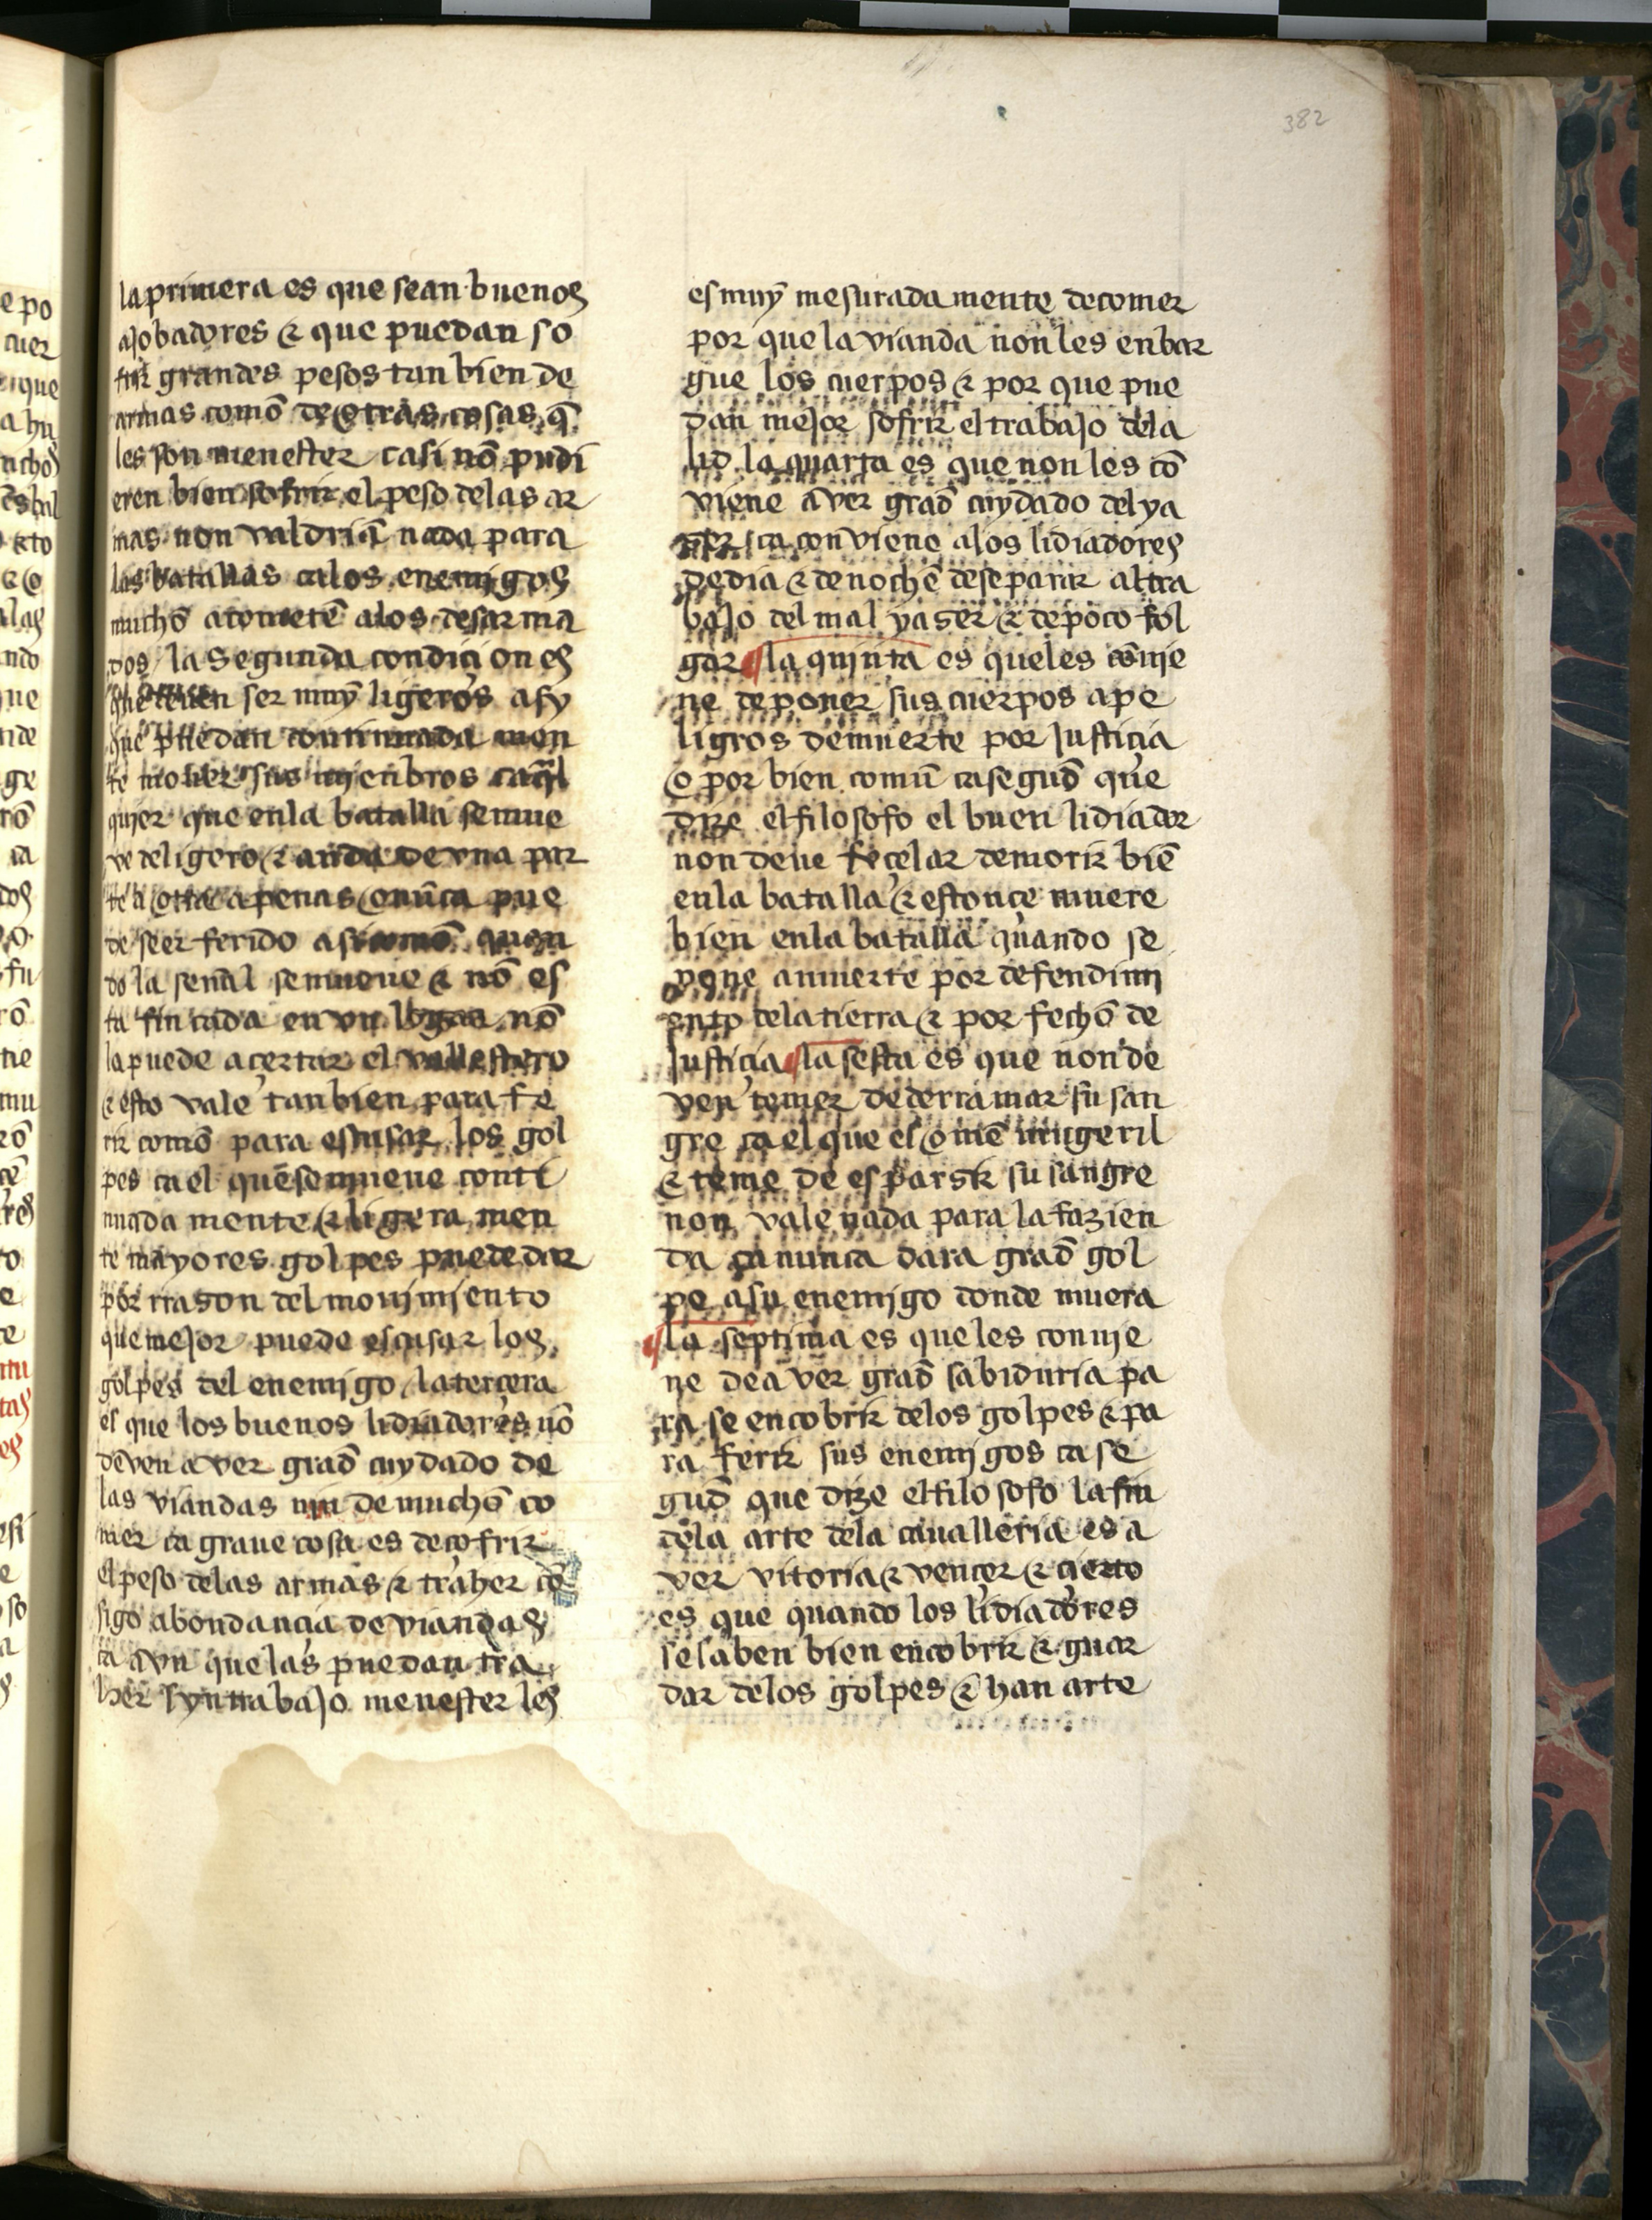
Shelfmark: Salamanca, Biblioteca Histórica USAL, 2709
Century: 15